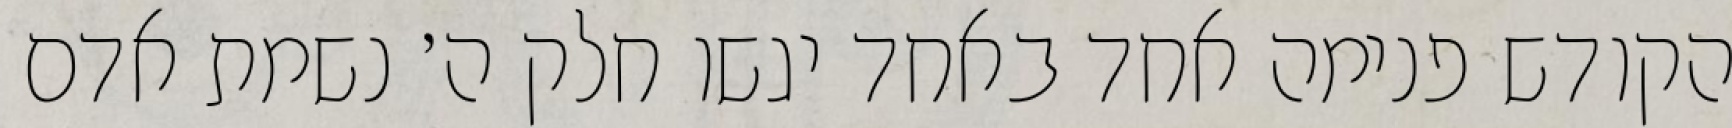
הקודש פנימה אחד באחד יגשו חלק ה׳ נשמת אדם